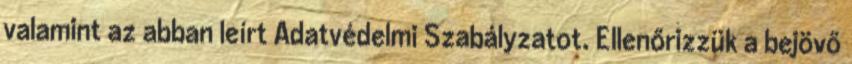
valamint az abban leírt Adatvédelmi Szabályzatot. Ellenőrizzük a bejövő